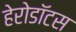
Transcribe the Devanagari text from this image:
हेरोडॉटस